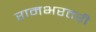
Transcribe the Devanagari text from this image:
रामभरतरी